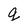
Character: g